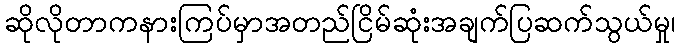
ဆိုလိုတာကနားကြပ်မှာအတည်ငြိမ်ဆုံးအချက်ပြဆက်သွယ်မှု၊